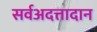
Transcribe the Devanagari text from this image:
सर्वअदत्तादान